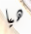
هيا